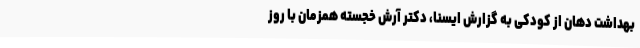
بهداشت دهان از کودکی به گزارش ایسنا، دکتر آرش خجسته همزمان با روز